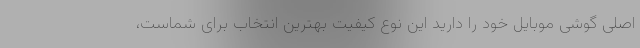
اصلی گوشی موبایل خود را دارید این نوع کیفیت بهترین انتخاب برای شماست،